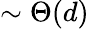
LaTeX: \sim\Theta(d)